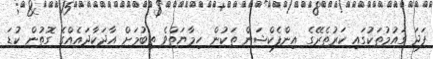
ފަދަ ގައުމުތަކުގައި ކަރުތެރޭގެ އިންފެކްޝަން ތަކުން ހިމާޔަތްވެ ތިބުމަށް އާދަކާދައެއްގެ ގޮތުން ކުޑަ